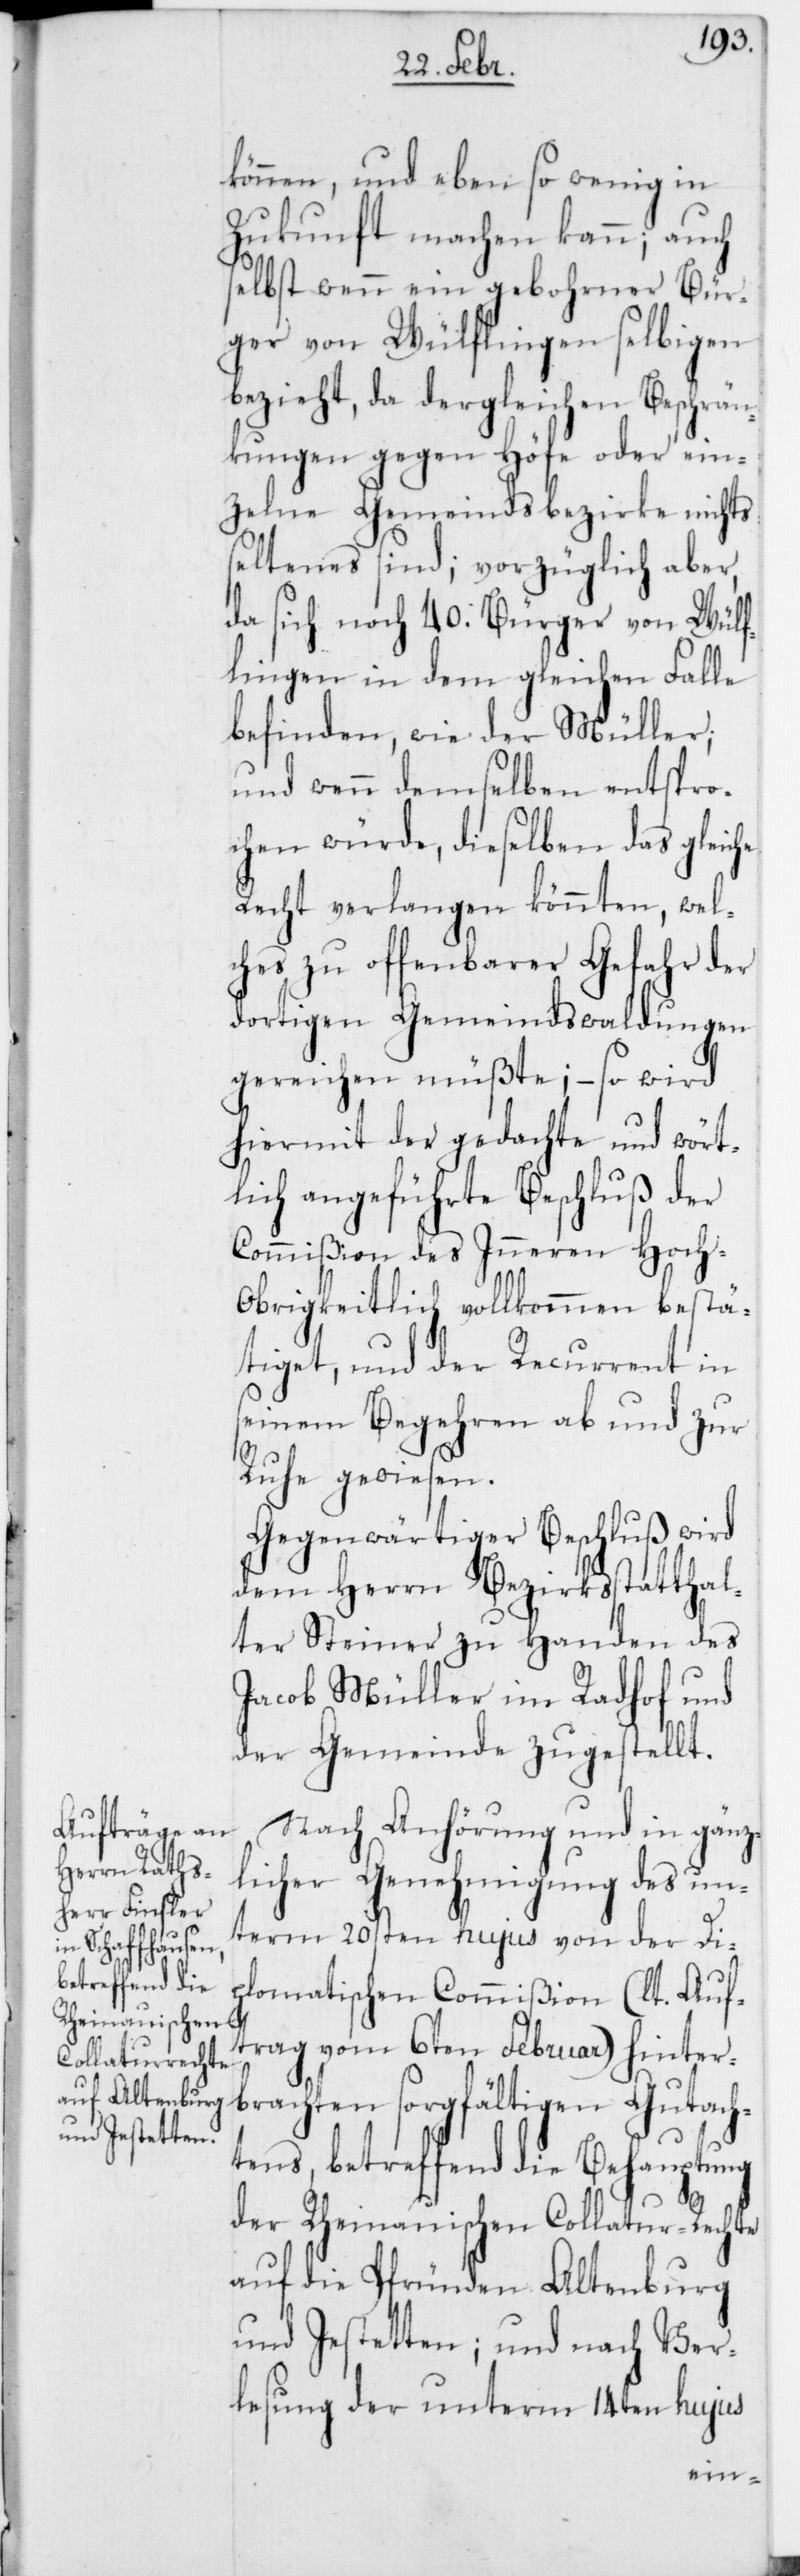
können, und eben so wenig in
Zukunft machen kann; auch
selbst wenn ein gebohrner Bür¬
ger von Wülflingen selbigen
bezieht, da dergleichen Beschrän¬
kungen gegen Höfe oder ein¬
zelne Gemeindsbezirke nichts
seltenes sind; vorzüglich aber,
da sich noch 40. Bürger von Wülf¬
lingen in dem gleichen Falle
befinden, wie der Müller,
und wenn demselben entspro¬
chen würde, dieselben das gleiche
Recht verlangen könnten, wel¬
ches zu offenbarer Gefahr der
dortigen Gemeindswaldungen
gereichen müßte; – so wird
hiermit der gedachte und wört¬
lich angeführte Beschluß der
Commißion des Inneren Hoch¬
obrigkeitlich vollkommen bestä¬
tiget, und der Recurrent in
seinem Begehren ab und zur
Ruhe gewiesen.
Gegenwärtiger Beschluß wird
dem Herrn Bezirksstatthal¬
ter Steiner zu Handen des
Jacob Müller im Radhof und
der Gemeinde zugestellt.
Nach Anhörung und in gänz¬
licher Genehmigung des un¬
term 20sten hujus von der Di¬
plomatischen Commißion (lt. Auf¬
trag vom 6ten Februar) hinter¬
brachten sorgfältigen Gutach¬
tens, betreffend die Behauptung
der Rheinauischen Collatur-Rechte
auf die Pfründen Altenburg
und Jestetten; und nach Ver¬
lesung der unterm 14ten hujus